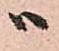
ハ